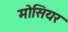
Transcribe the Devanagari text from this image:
मोसियर